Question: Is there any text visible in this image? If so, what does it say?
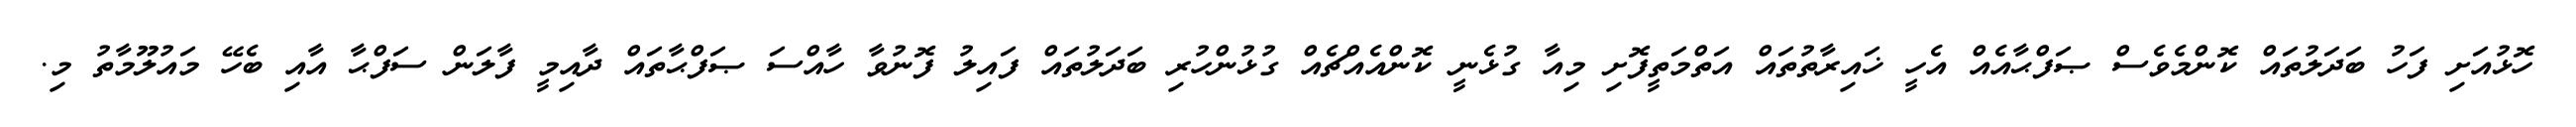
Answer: ހޮޅުއަށި ފަހު ބަދަލުތައް ކޮންމެވެސް ޞަފްޙާއެއް އެހީ ޚައިރާތުތައް އަތްމަތީފޮށި މިއާ ގުޅެނީ ކޮންއެއްޗެއް ގުޅުންހުރި ބަދަލުތައް ފައިލު ފޮނުވާ ހާއްސަ ޞަފްޙާތައް ދާއިމީ ފާލަން ސަފްޙާ އާއި ބެހޭ މައުލޫމާތު މި.